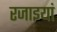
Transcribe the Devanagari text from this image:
रजाइयां